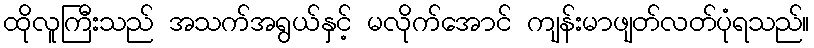
ထိုလူကြီးသည် အသက်အရွယ်နှင့် မလိုက်အောင် ကျန်းမာဖျတ်လတ်ပုံရသည်။